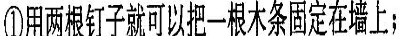
①用两根钉子可以把一根木条固定在墙上；